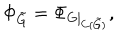
LaTeX: \Phi _ { \tilde { G } } = \Phi _ { G \mid _ { C ( \tilde { G } ) } } ,